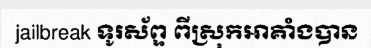
jailbreak ទូរស័ព្ទ ពីស្រុកអាគាំងបាន